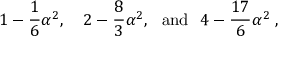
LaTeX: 1 - \frac { 1 } { 6 } \alpha ^ { 2 } , ~ ~ ~ 2 - \frac { 8 } { 3 } \alpha ^ { 2 } , { } ~ ~ \mathrm { a n d } ~ ~ 4 - \frac { 1 7 } { 6 } \alpha ^ { 2 } \; ,